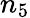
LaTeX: n_{5}